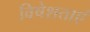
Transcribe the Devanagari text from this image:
विषेशताएं